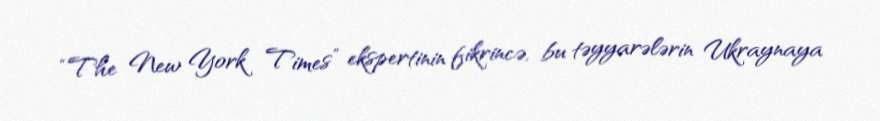
“The New York Times” ekspertinin fikrincə, bu təyyarələrin Ukraynaya